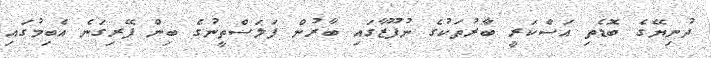
ދުނިޔޭގެ ބޮޑެތި އަސްކަރީ ބާރުތަކުގެ ނުފޫޒާގައި ބާރުން ފަލަސްތީނުގެ ބިން ފޭރިގަނެ އެބިމުގައި